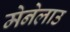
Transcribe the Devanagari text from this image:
मेनेलाउ